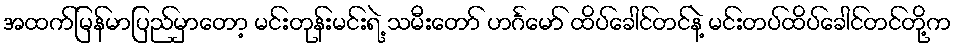
အထက်မြန်မာပြည်မှာတော့ မင်းတုန်းမင်းရဲ့ သမီးတော် ဟင်္ဂမော် ထိပ်ခေါင်တင်နဲ့ မင်းတပ်ထိပ်ခေါင်တင်တို့က